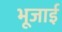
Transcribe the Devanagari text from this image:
भूजाई